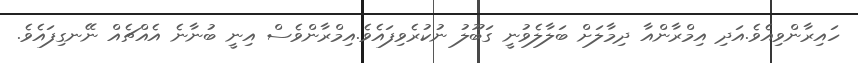
ހައިރާންވިއެވެ.އަދި އިމްރާންއާ ދިމާލަށް ބަލާލެވުނީ ގަބޫލު ނުކުރެވިފައެވެ.އިމްރާންވެސް އިނީ ބުނާނެ އެއްޗެއް ނޭނގިފައެވެ.